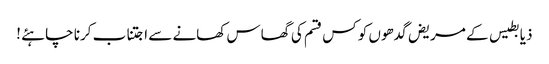
ذیابطیس کے مریض گدھوں کو کس قسم کی گھاس کھانے سے اجتناب کرنا چاہئے !